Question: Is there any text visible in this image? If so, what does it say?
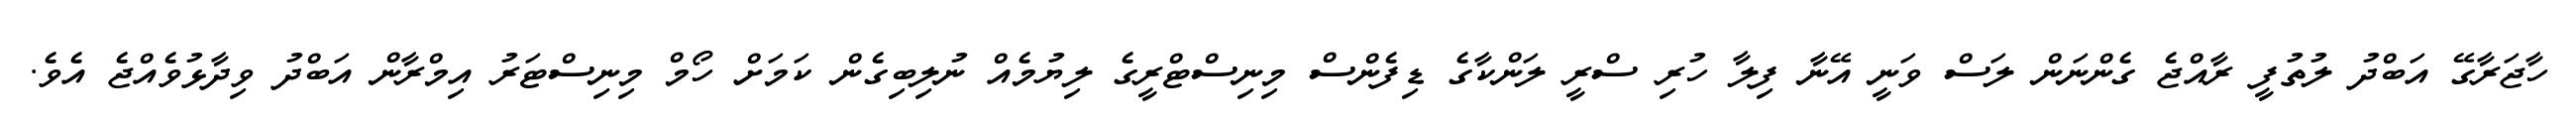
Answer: ހާޖަރާގޭ އަބްދު ލުތުފީ ރާއްޖެ ގެންނަން ލަސް ވަނީ އޭނާ ފިލާ ހުރި ސްރީ ލަންކާގެ ޑިފެންސް މިނިސްޓްރީގެ ލިޔުމެއް ނުލިބިގެން ކަމަށް ހޯމް މިނިސްޓަރު އިމްރާން އަބްދު ވިދާޅުވެއްޖެ އެވެ.